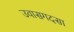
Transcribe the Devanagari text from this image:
उवासगदसा